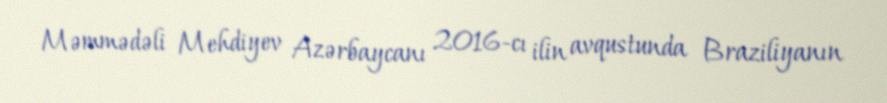
Məmmədəli Mehdiyev Azərbaycanı 2016-cı ilin avqustunda Braziliyanın